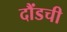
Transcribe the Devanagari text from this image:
दौंडची